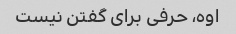
اوه، حرفی برای گفتن نیست